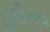
હાથીતથા